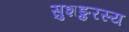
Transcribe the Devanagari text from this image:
सुशङ्करस्य